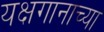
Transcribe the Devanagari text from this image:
यक्षगानाच्या